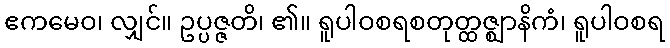
ဧကမေဝ၊ လျှင်။ ဥပ္ပဇ္ဇတိ၊ ၏။ ရူပါဝစရစတုတ္ထဇ္ဈာနိကံ၊ ရူပါဝစရ